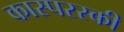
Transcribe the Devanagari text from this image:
कास्परस्की